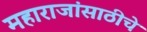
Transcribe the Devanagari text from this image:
महाराजांसाठीचे